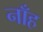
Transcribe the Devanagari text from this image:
नाँह